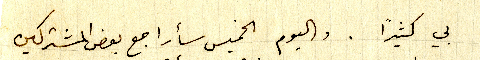
بي كثيرًا. واليوم الخميس سأراجع بعض المشتركين